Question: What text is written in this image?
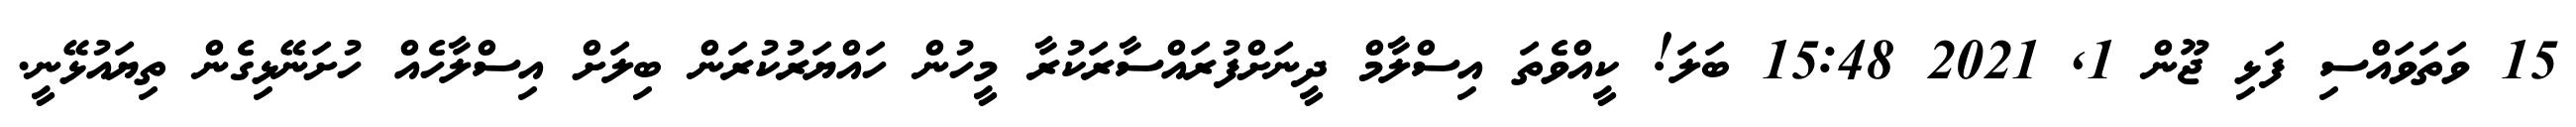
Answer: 15 ވަތަވައްސި ފަޅި ޖޫން 1, 2021 15:48 ބަލަ! ކީއްވެތަ އިސްލާމް ދީނަށްފުރައްސާރަކުރާ މީހުން ހައްޔަރުކުރަން ބިލަށް އިސްލާހެއް ހުށަނޭޅިގެން ތިޔައުޅޭނީ.